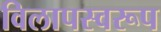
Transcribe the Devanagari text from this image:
विलापस्वरूप